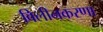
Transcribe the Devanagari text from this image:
विलीनकरणा